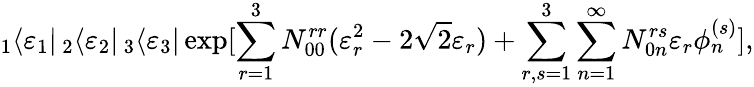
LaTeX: _1\langle\varepsilon_{1}|\, _{2}\langle\varepsilon_{2}|\, _{3}\langle\varepsilon_{3}|\exp[\sum_{r=1}^{3}N_{00}^{rr}(\varepsilon_{r}^{2}-2\sqrt{2}\varepsilon_{r})+\sum_{r,s=1}^{3}\sum_{n=1}^{\infty}N_{0n}^{rs}\varepsilon_{r}\phi_{n}^{(s)}],